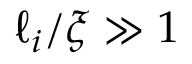
\ell _ { i } / \xi \gg 1